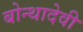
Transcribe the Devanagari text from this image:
बोन्थादेवी